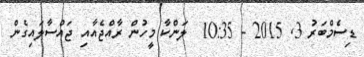
ޑިސެމްބަރު 3